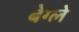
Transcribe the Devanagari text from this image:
बेग्ले